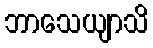
ဘာသေယျာသိ